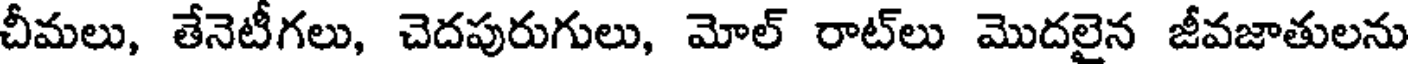
చీమలు, తేనెటీగలు, చెదపురుగులు, మోల్ రాట్లు మొదలైన జీవజాతులను